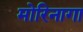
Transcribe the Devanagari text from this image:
मोरिनागा